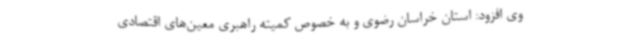
وی افزود: استان خراسان رضوی و به خصوص کمیته راهبری معین‌های اقتصادی